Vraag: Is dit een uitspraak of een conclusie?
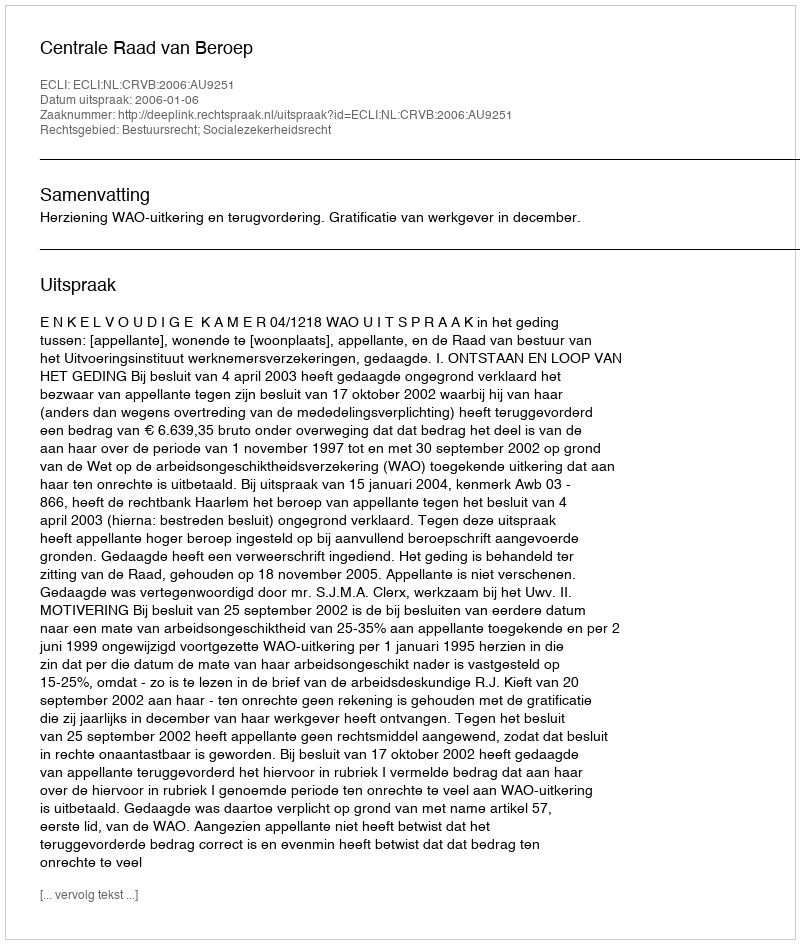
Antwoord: Uitspraak